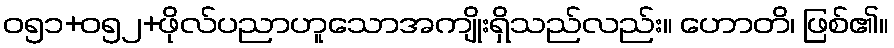
ဝ၅၁+၀၅၂+ဖိုလ်ပညာဟူသောအကျိုးရှိသည်လည်း။ ဟောတိ၊ ဖြစ်၏။